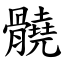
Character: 髐